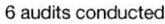
6 audits conducted